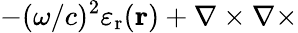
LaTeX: -(\omega/c)^{2}\varepsilon_{\mathrm{{r}}}({\mathbf{r}})+\nabla\times\nabla\times